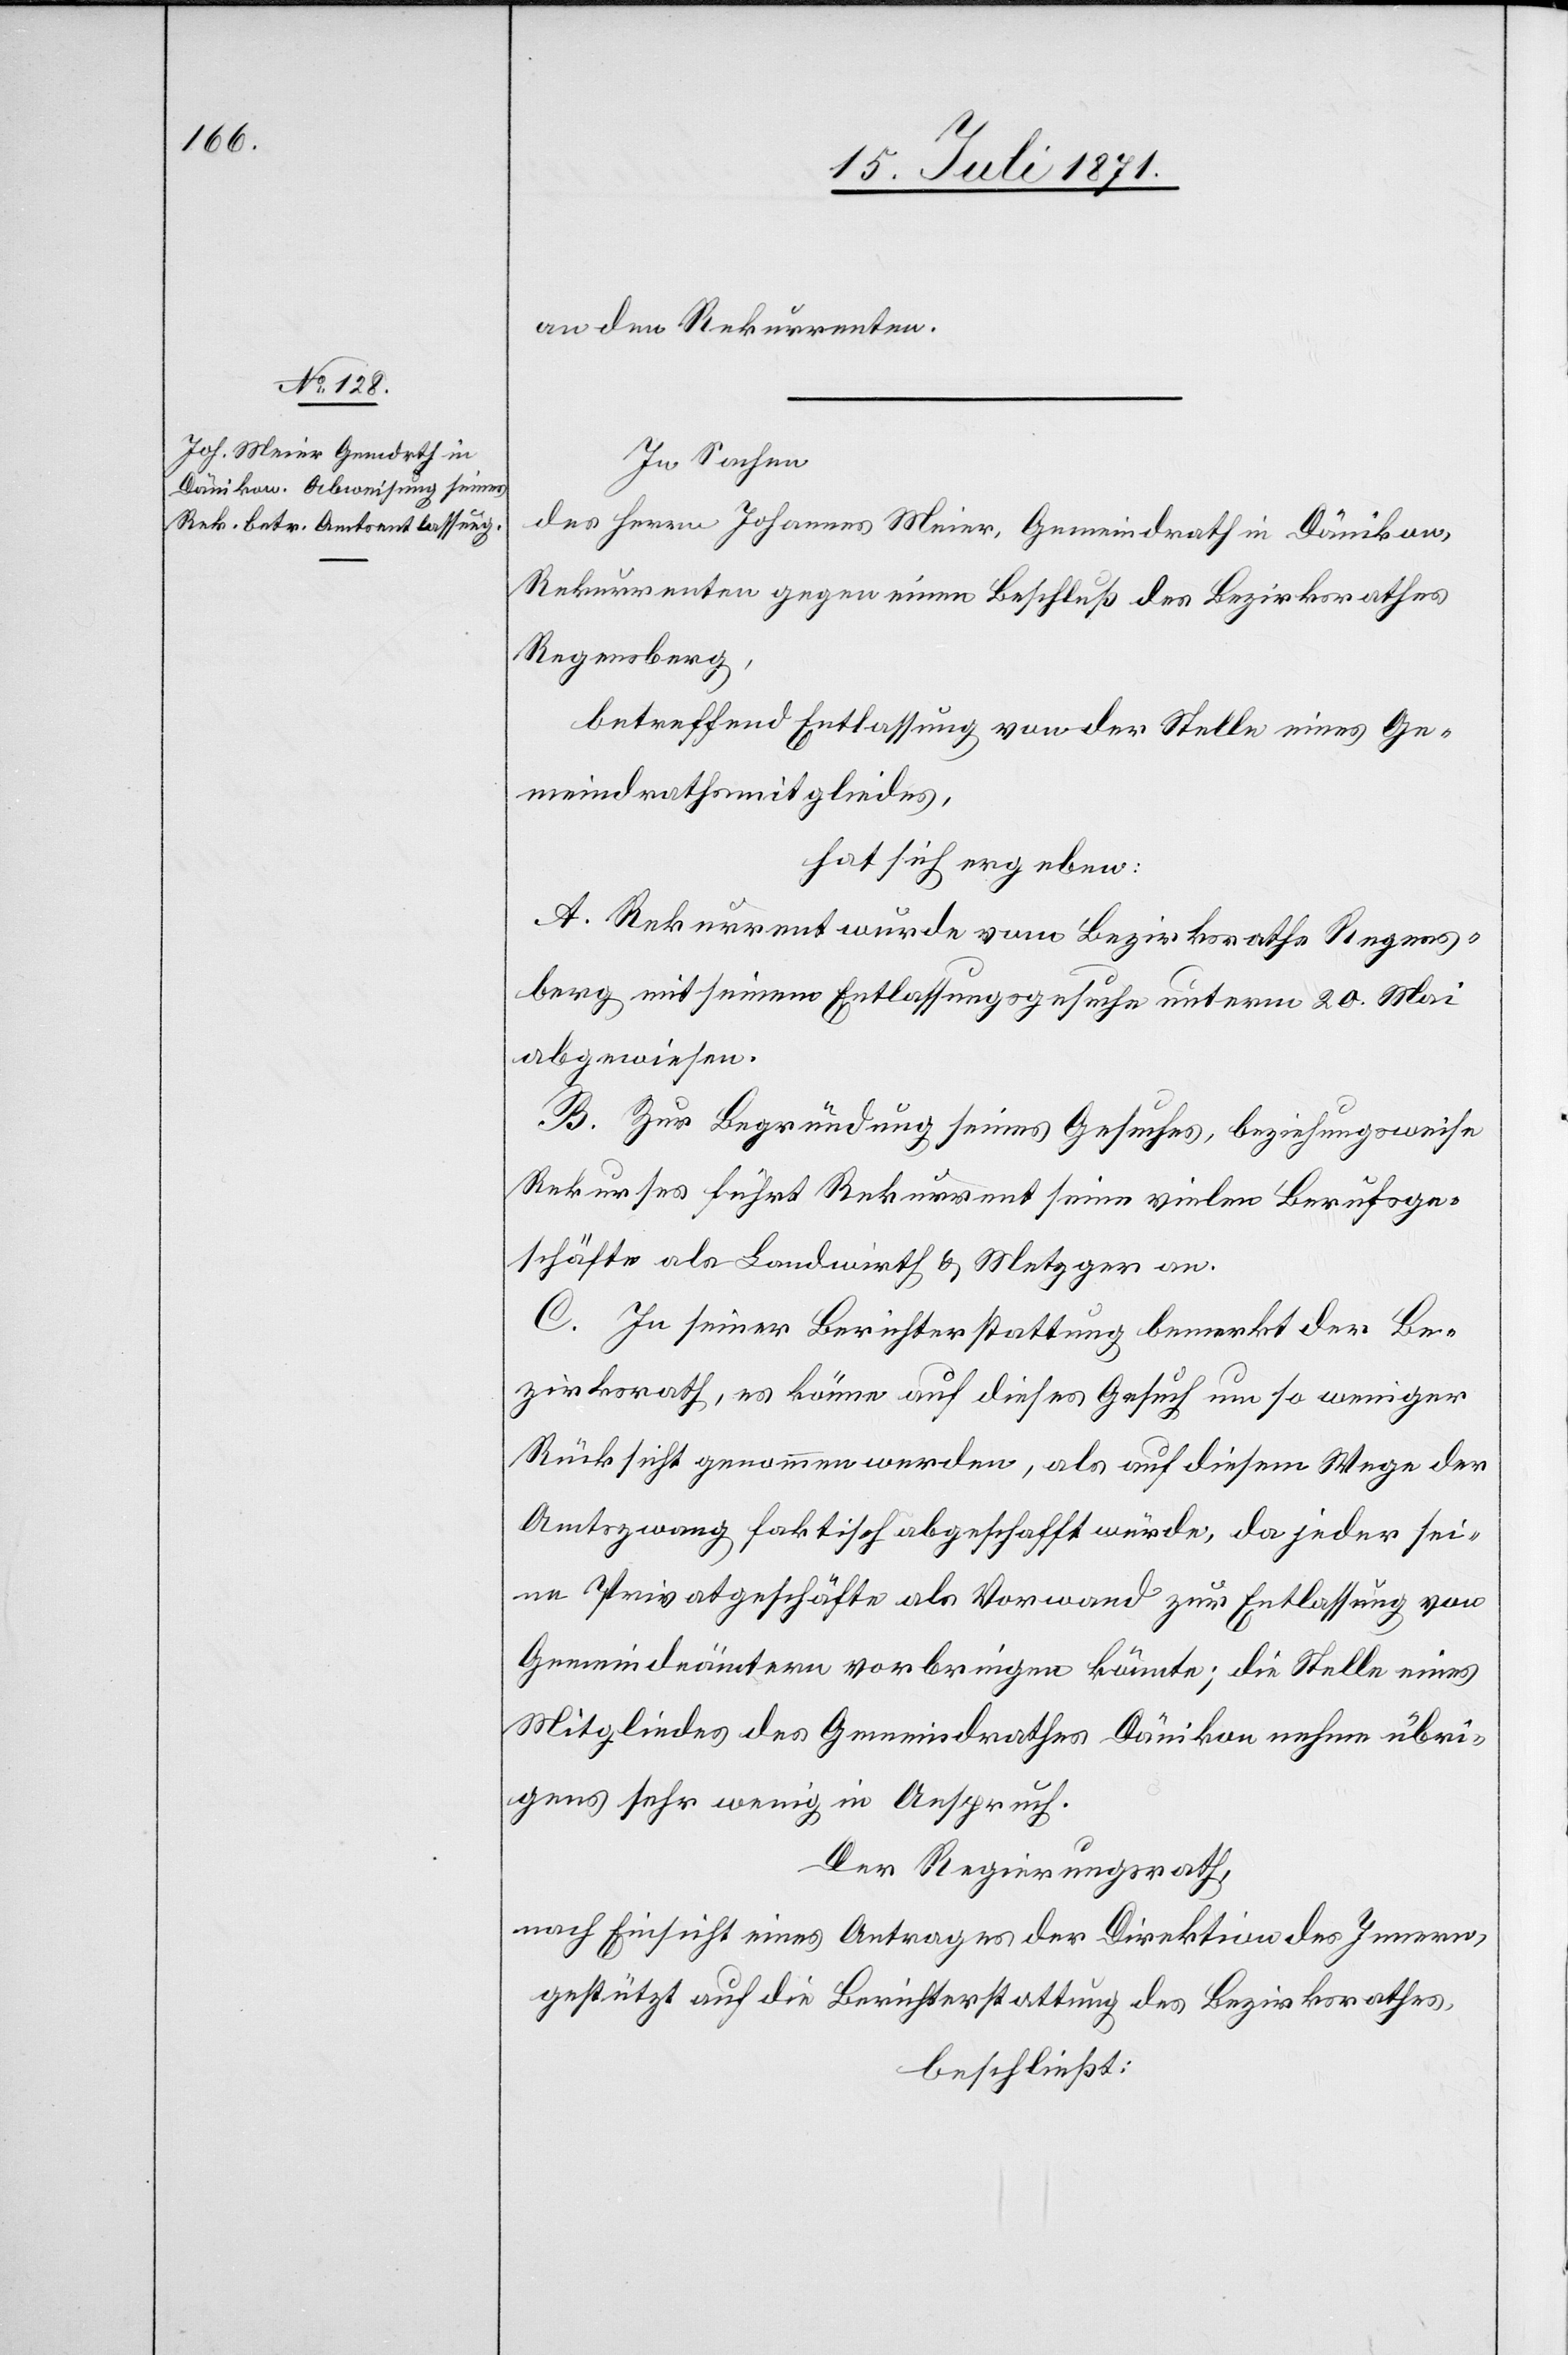
an den Rekurrenten.
In Sachen
des Herrn Johannes Meier, Gemeindrath in Dänikon,
Rekurrenten gegen einen Beschluß des Bezirksrathes
Regensberg,
betreffend Entlassung von der Stelle eines Ge¬
meindrathsmitgliedes,
hat sich ergeben:
A. Rekurrent wurde vom Bezirksrathe Regens¬
berg mit seinem Entlassungsgesuche unterm 20. Mai
abgewiesen.
B. Zur Begründung seines Gesuches, beziehungsweise
Rekurses führt Rekurrent seine vielen Berufsge¬
schäfte als Landwirth u. Metzger an.
C. In seiner Berichterstattung bemerkt der Be¬
zirksrath, es könne auf dieses Gesuch um so weniger
Rücksicht genommen werden, als auf diesem Wege der
Amtszwang faktisch abgeschafft würde, da jeder sei¬
ne Privatgeschäfte als Vorwand zur Entlassung von
Gemeindeämtern vorbringen könnte; die Stelle eines
Mitgliedes des Gemeindrathes Dänikon nehme übri¬
gens sehr wenig in Anspruch.
Der Regierungsrath,
nach Einsicht eines Antrages der Direktion des Innern,
gestützt auf die Berichterstattung des Bezirksrathes,
beschließt: